Document type: Sale
Year: 1274
Scribe: [Unknown]
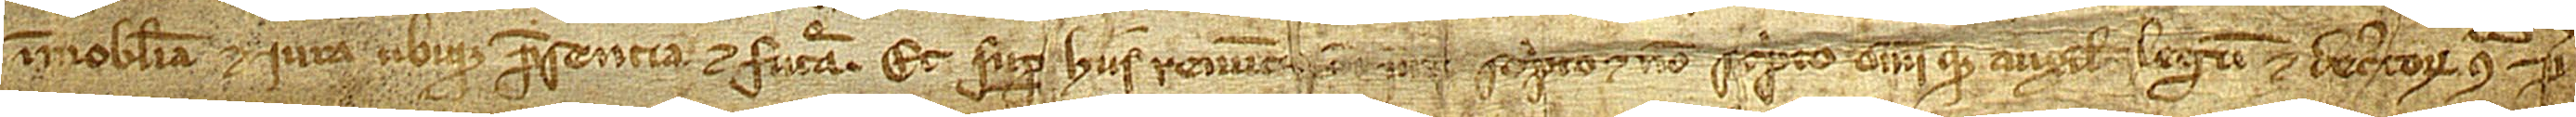
immobilia et iura ubique presentia et futura. Et super hiis renunc[io omni iuri] scripto et non scripto omnique auxilio legum et decretorum contra pre-